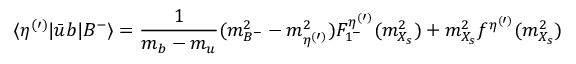
\langle \eta ^ { ( \prime ) } | \bar { u } b | B ^ { - } \rangle = { \frac { 1 } { m _ { b } - m _ { u } } } ( m _ { B ^ { - } } ^ { 2 } - m _ { \eta ^ { ( \prime ) } } ^ { 2 } ) F _ { 1 ^ { - } } ^ { \eta ^ { ( \prime ) } } ( m _ { X _ { s } } ^ { 2 } ) + m _ { X _ { s } } ^ { 2 } f ^ { \eta ^ { ( \prime ) } } ( m _ { X _ { s } } ^ { 2 } )